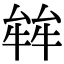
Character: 𤚅